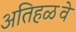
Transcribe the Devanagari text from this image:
अतिहळवे